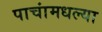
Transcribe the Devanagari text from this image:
पाचांमधल्या